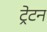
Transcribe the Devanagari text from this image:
ट्रेटन